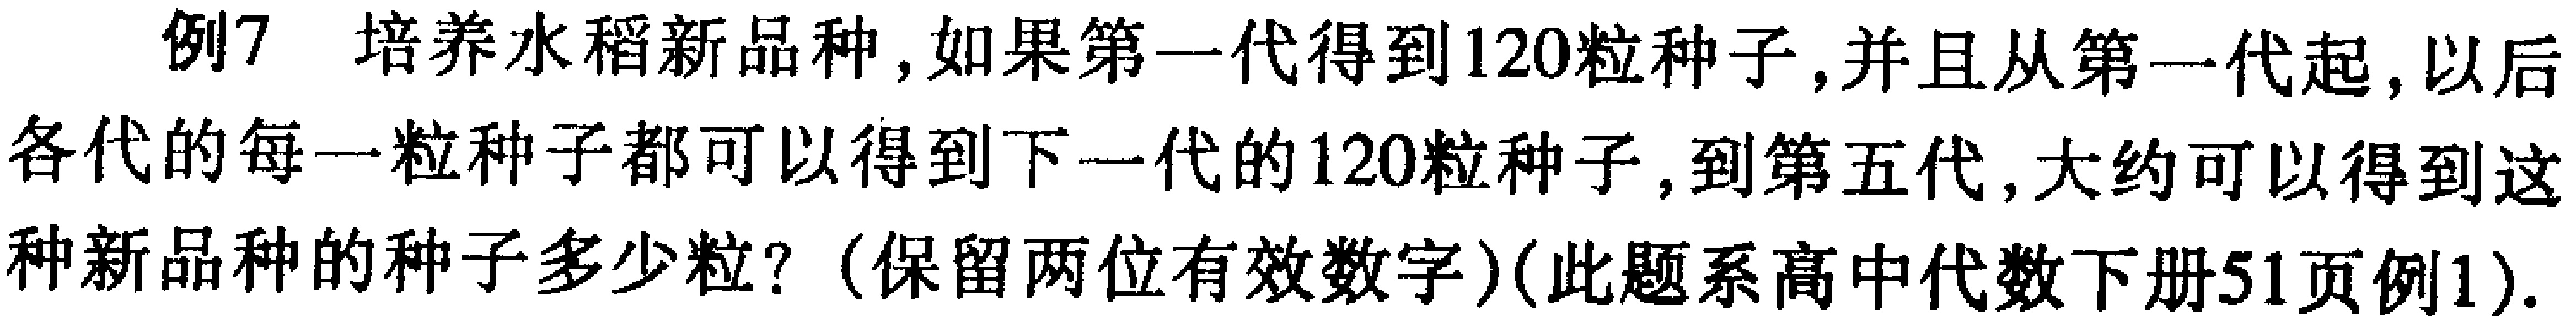
例7 培养水稻新品种，如果第一代得到120粒种子，并且从第一代起，以后各代的每一粒种子都可以得到下一代的120粒种子，到第五代，大约可以得到这种新品种的种子多少粒？（保留两位有效数字）(此题系高中代数下册51页例1).